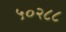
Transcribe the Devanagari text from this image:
५०२८८